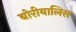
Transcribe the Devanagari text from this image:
बोरीयालिस